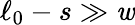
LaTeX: \ell_{0}-s\gg\mathit{w}